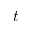
t